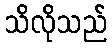
သိလိုသည်